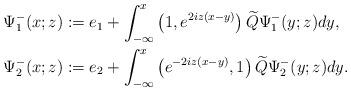
LaTeX: \begin{align*}&\Psi^-_1(x;z):=e_1+\int_{-\infty}^x\left(1,e^{2iz(x-y)}\right)\widetilde{Q} \Psi^-_1(y;z) dy, \\&\Psi^-_2(x;z):=e_2+\int_{-\infty}^x\left(e^{-2iz(x-y)},1\right)\widetilde{Q} \Psi^-_2(y;z) dy.\end{align*}